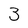
Character: 3